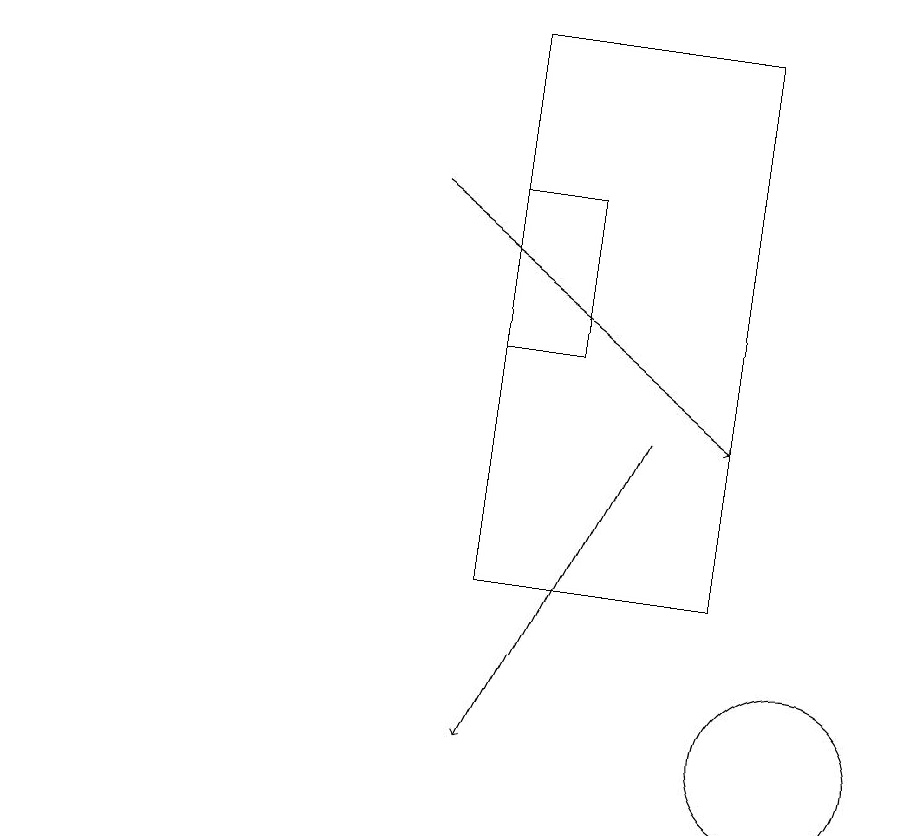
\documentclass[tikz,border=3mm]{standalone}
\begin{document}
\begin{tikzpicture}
\draw (10,10) circle (1);
\draw (0,19) rectangle (2,19);
\draw[->] (8,14) -- (6,10);
\draw (9,12) rectangle (6,19);
\draw (7,15) rectangle (6,17);
\draw[->] (5,17) -- (9,14);
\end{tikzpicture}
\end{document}